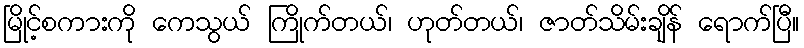
မြိုင့်စကားကို ကေသွယ် ကြိုက်တယ်၊ ဟုတ်တယ်၊ ဇာတ်သိမ်းချိန် ရောက်ပြီ။